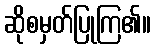
ဆိုစမှတ်ပြုကြ၏။